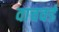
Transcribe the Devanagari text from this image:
वाचवर्ड